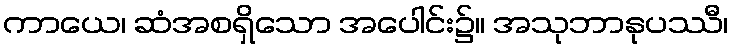
ကာယေ၊ ဆံအစရှိသော အပေါင်း၌။ အသုဘာနုပဿီ၊